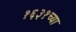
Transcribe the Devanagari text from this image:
१६३१च्या